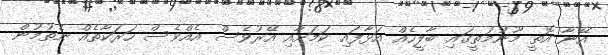
އޭނާ އޮތީ މޫނުމަތީގައި ބާލީހެއް އަޅާފައި ކަމަށާއި އޭރުވެސް އެއްވެސް ހަރަކާތެއް ނެތުމުން